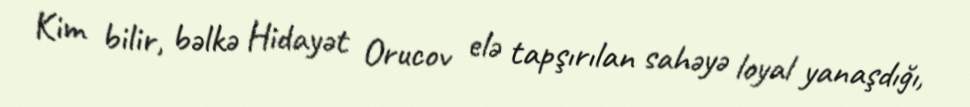
Kim bilir, bəlkə Hidayət Orucov elə tapşırılan sahəyə loyal yanaşdığı,